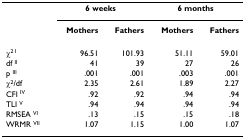
|  | <COLSPAN=2> 6 weeks | <COLSPAN=2> 6 months |
 |  | Mothers | Fathers | Mothers | Fathers |
 | --- | --- | --- | --- | --- |
 | χ2 I | 96.51 | 101.93 | 51.11 | 59.01 |
 | df II | 41 | 39 | 27 | 26 |
 | p III | .001 | .001 | .003 | .001 |
 | χ2/df | 2.35 | 2.61 | 1.89 | 2.27 |
 | CFI IV | .92 | .92 | .94 | .94 |
 | TLI V | .94 | .94 | .94 | .94 |
 | RMSEA VI | .13 | .15 | .15 | .18 |
 | WRMR VII | 1.07 | 1.15 | 1.00 | 1.07 |